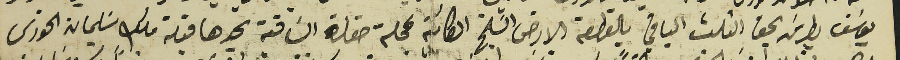
يوسَف بطرسَ بحق التلت الباقي بالقطعة الارض السَّليخ الكائنة بمحلة حقلة السَاقية يحدّها قبلة ملك سَليمان الخورى